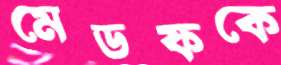
মেডফকে